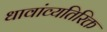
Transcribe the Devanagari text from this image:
धावांव्यतिरिक्त